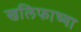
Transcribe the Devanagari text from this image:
खलिफाच्या